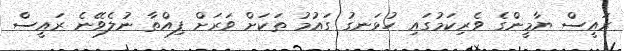
ރައީސް ޔާމީންގެ ވެރިކަމުގައި ހުޅަނގު ގައުމު ތަކަށް ވަރަށް ފިއްތާ ނުލެވޭނެ ރައީސް